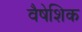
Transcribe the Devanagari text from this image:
वैषेशिक